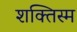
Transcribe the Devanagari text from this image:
शक्तिस्म